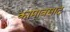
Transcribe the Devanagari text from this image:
कामावसाद